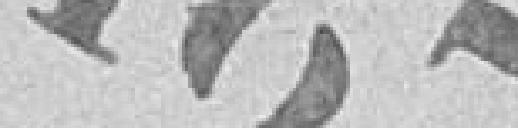
187